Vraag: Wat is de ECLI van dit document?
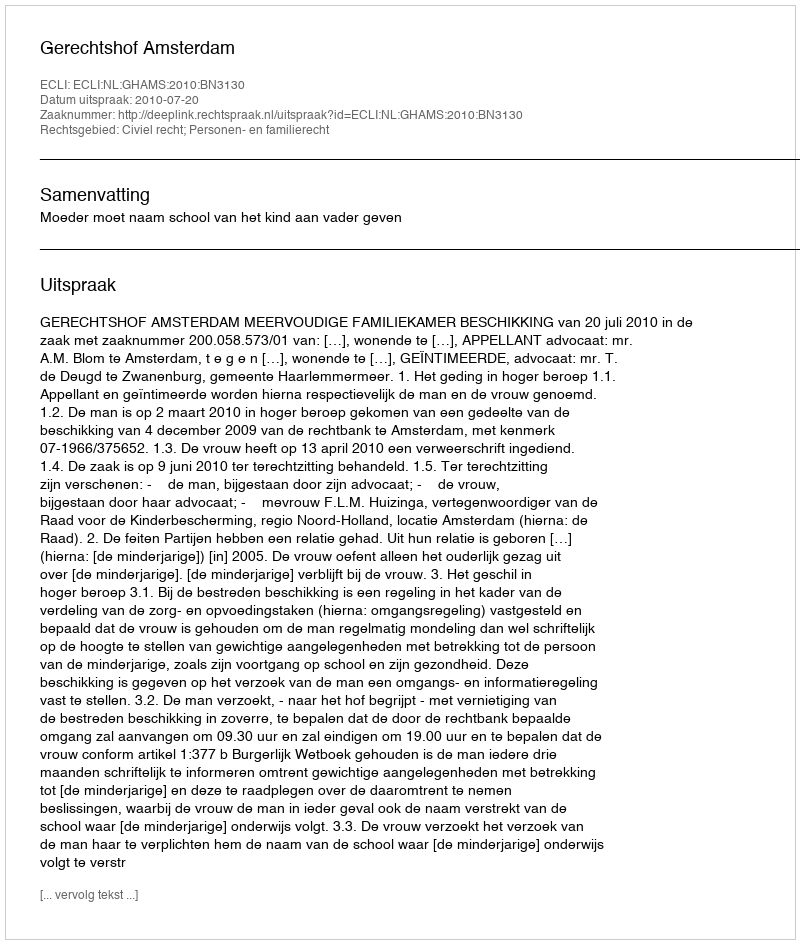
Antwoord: ECLI:NL:GHAMS:2010:BN3130